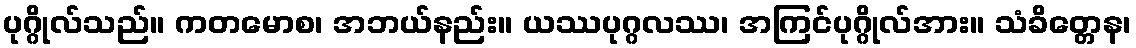
ပုဂ္ဂိုလ်သည်။ ကတမောစ၊ အဘယ်နည်း။ ယဿပုဂ္ဂလဿ၊ အကြင်ပုဂ္ဂိုလ်အား။ သံခိတ္တေန၊